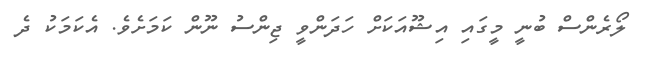
ލޯރެންސް ބުނީ މީގައި އިޝޫއަކަށް ހަދަންވީ ޖިންސު ނޫން ކަމަށެވެ. އެކަމަކު ދެ